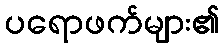
ပရောဖက်များ၏